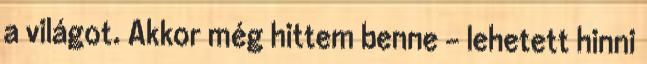
a vi­lágot. Akkor még hittem benne – lehetett hinni